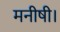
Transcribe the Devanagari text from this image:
मनीषी।